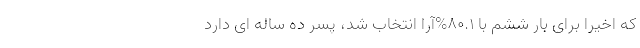
که اخیراً برای بارِ ششم با 80.1%آرا انتخاب شد، پسر ده ساله ای دارد